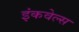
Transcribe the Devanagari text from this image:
इंकवेल्स